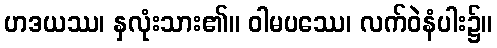
ဟဒယဿ၊ နှလုံးသား၏။ ဝါမပဿေ၊ လက်ဝဲနံပါး၌။